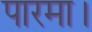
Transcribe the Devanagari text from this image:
पारमा।